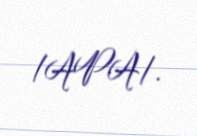
/APA/.